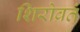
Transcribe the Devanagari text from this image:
शिरोव्रतं